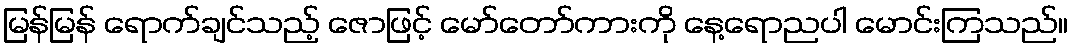
မြန်မြန် ရောက်ချင်သည့် ဇောဖြင့် မော်တော်ကားကို နေ့ရောညပါ မောင်းကြသည်။